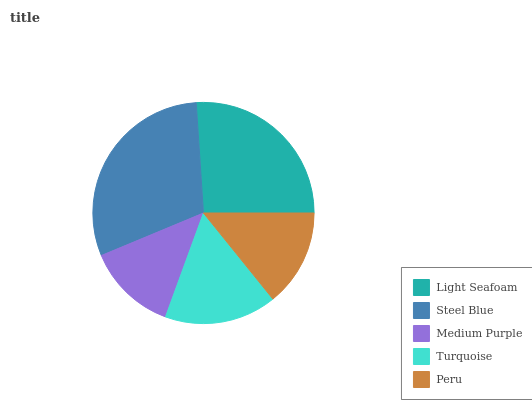
| Light Seafoam | Steel Blue | Medium Purple | Turquoise | Peru |
 | --- | --- | --- | --- | --- |
 | 26.1% | 30.2% | 13.1% | 16.4% | 14.2% |